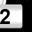
Digit: 2